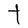
Character: t